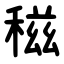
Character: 稵